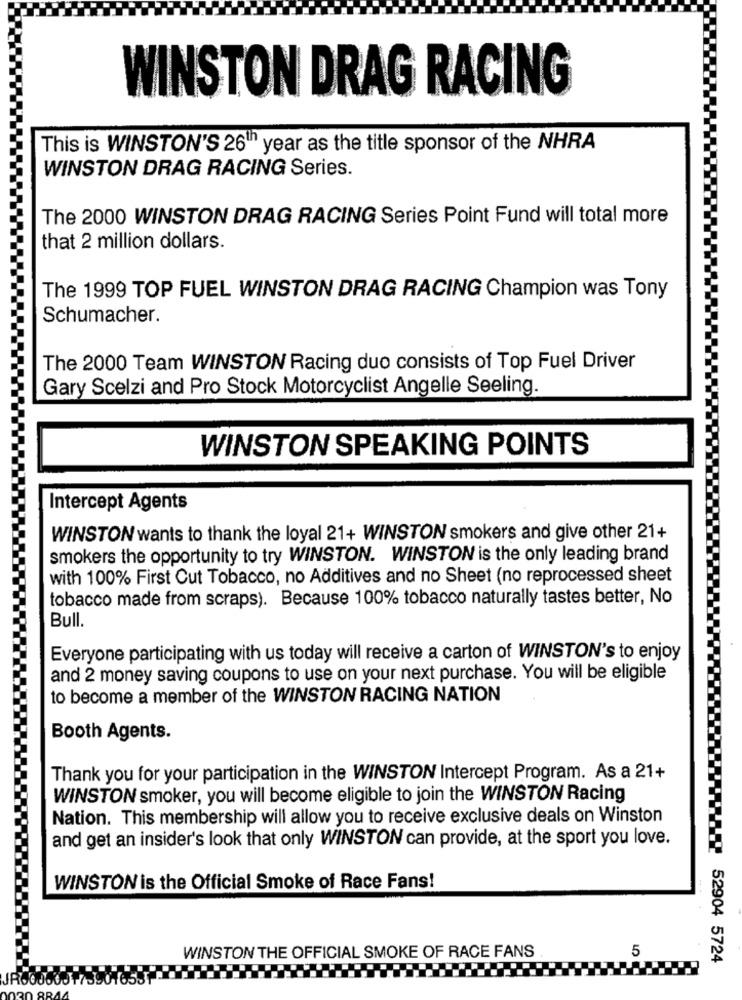
WINSTON DRAG RACING
This is WINSTON'S 26th year as the title sponsor of the NHRA
WINSTON DRAG RACING Series.
The 2000 WINSTON DRAG RACING Series Point Fund will total more
that 2 million dollars.
The 1999 TOP FUEL WINSTON DRAG RACING Champion was Tony
Schumacher.
The 2000 Team WINSTON Racing duo consists of Top Fuel Driver
Gary Scelzi and Pro Stock Motorcyclist Angelle Seeling.
WINSTON SPEAKING POINTS
Intercept Agents
WINSTON wants to thank the loyal 21+ WINSTON smokers and give other 21+
smokers the opportunity to try WINSTON. WINSTON is the only leading brand
with 100% First Cut Tobacco, no Additives and no Sheet (no reprocessed sheet
tobacco made from scraps). Because 100% tobacco naturally tastes better, No
Bull.
Everyone participating with us today will receive a carton of WINSTON's to enjoy
and 2 money saving coupons to use on your next purchase. You will be eligible
to become a member of the WINSTON RACING NATION
Booth Agents.
Thank you for your participation in the WINSTON Intercept Program. As a 21+
WINSTON smoker, you will become eligible to join the WINSTON Racing
Nation. This membership will allow you to receive exclusive deals on Winston
and get an insider's look that only WINSTON can provide, at the sport you love.
WINSTON is the Official Smoke of Race Fans!
5
WINSTON THE OFFICIAL SMOKE OF RACE FANS
52904 5724